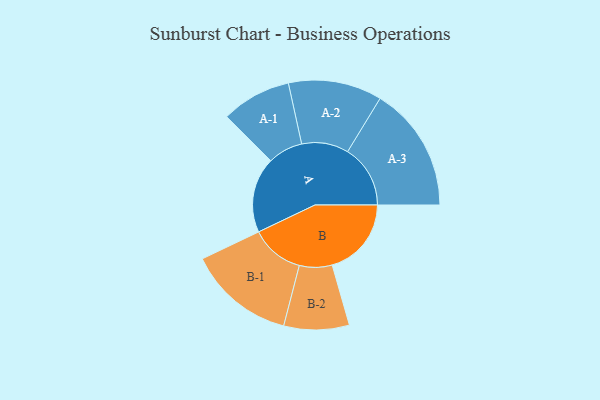
{"axis": {"x": "Segment", "y": "Value"}, "legend": ["", "A", "B"], "data": [{"x": "A", "y": 261, "type": ""}, {"x": "B", "y": 274, "type": ""}, {"x": "A-1", "y": 121, "type": "A"}, {"x": "A-2", "y": 162, "type": "A"}, {"x": "A-3", "y": 217, "type": "A"}, {"x": "B-1", "y": 185, "type": "B"}, {"x": "B-2", "y": 113, "type": "B"}]}